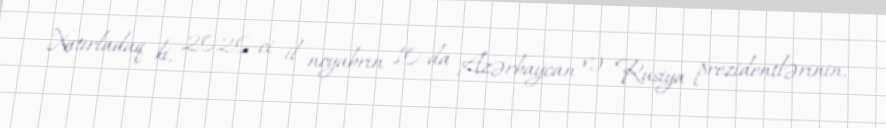
Xatırladaq ki, 2020-ci il noyabrın 10-da Azərbaycan və Rusiya prezidentlərinin,